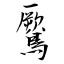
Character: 鷢